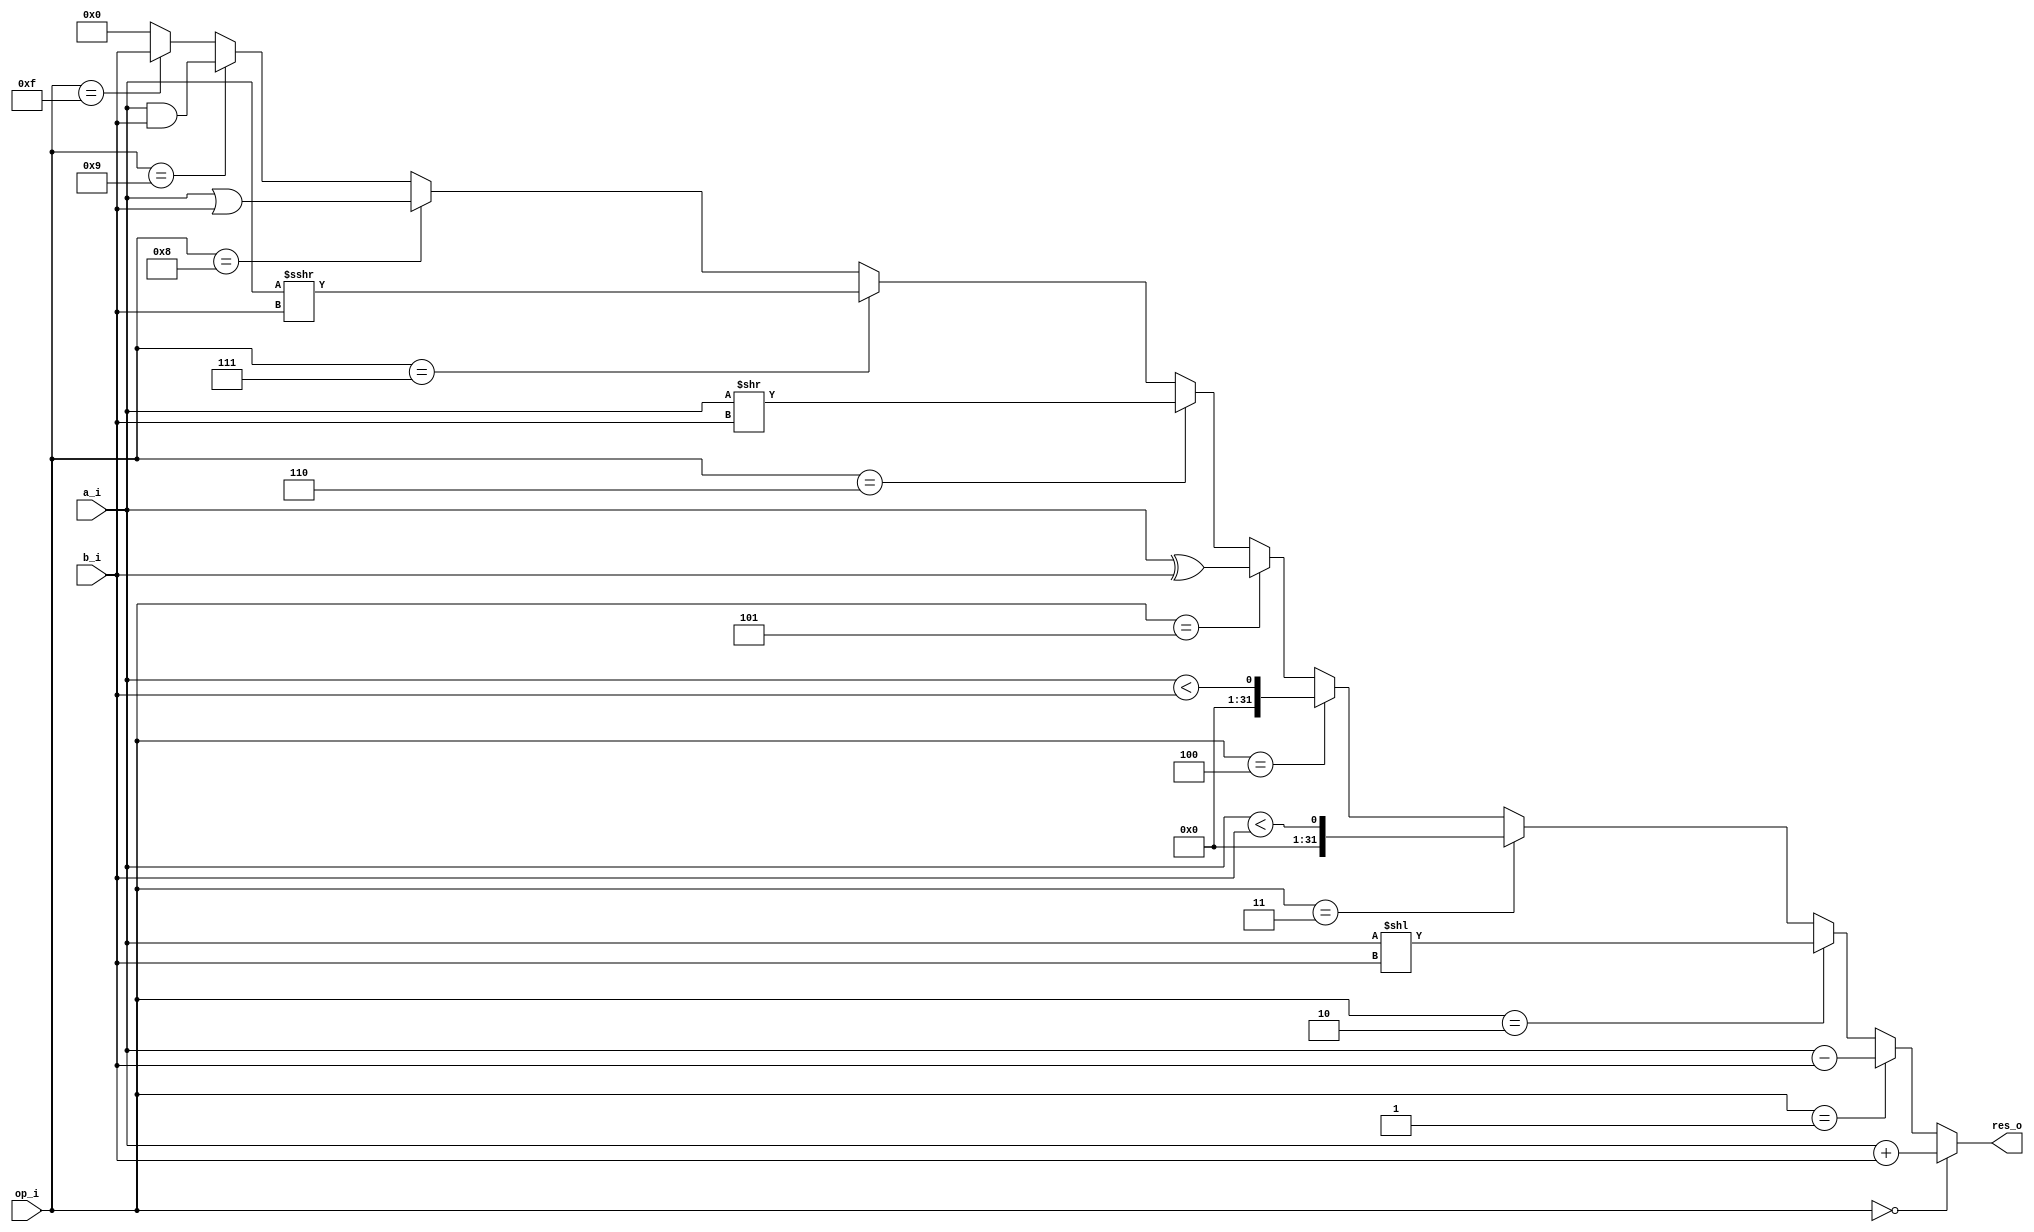
module alu (a_i,b_i,op_i,res_o);

    input wire [31:0]a_i;
    input wire [31:0]b_i;
    input wire [3:0]op_i;

    output reg [31:0]res_o;

    always @(*) begin

        if (op_i==4'b0000) begin
            res_o = a_i + b_i; //add
        end
        else if (op_i==4'b0001) begin
            res_o = a_i - b_i; //sub
        end
        else if (op_i==4'b0010) begin
            res_o = a_i << b_i; //shift left logical
        end
        else if (op_i==4'b0011) begin
            res_o = $signed (a_i) < $signed (b_i); //shift less then
        end 
        else if (op_i==4'b0100) begin
            res_o = a_i < b_i; //shift less then unsigned
        end          
        else if (op_i==4'b0101) begin
            res_o = a_i ^ b_i; //xor
        end
        else if (op_i==4'b0110) begin
            res_o = a_i >> b_i; //shift right logical
        end
        else if (op_i==4'b0111) begin
            res_o = a_i >>> b_i; //shift right arithematic
        end
        else if (op_i==4'b1000) begin
            res_o = a_i | b_i; //or
        end
        else if (op_i==4'b1001) begin
            res_o = a_i & b_i; //and
        end
        else if (op_i==4'b1111) begin
            res_o = b_i; //for lui 
        end
        else begin
            res_o = 0;
        end
    end
endmodule